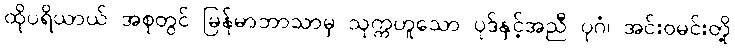
ထိုပရိယာယ် အစုတွင် မြန်မာဘာသာမှ သုက္ကဟူသော ပုဒ်နှင့်အညီ ပုဂံ၊ အင်းဝမင်းတို့